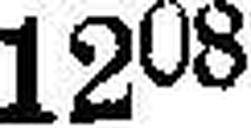
1208